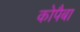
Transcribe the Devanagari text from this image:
कोपैबा